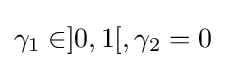
\gamma _{1}\in ]0,1[,\gamma _{2}=0